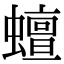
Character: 蟺